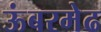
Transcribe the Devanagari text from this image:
ऊंबरमेढ